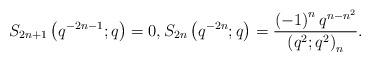
LaTeX: \begin{align*}S_{2n+1}\left(q^{-2n-1};q\right)=0,S_{2n}\left(q^{-2n};q\right)=\frac{\left(-1\right)^{n}q^{n-n^{2}}}{\left(q^{2};q^{2}\right)_{n}}.\end{align*}